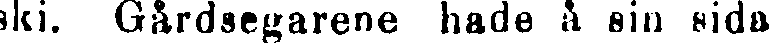
ski. Gårdsegarene hade å sin sida